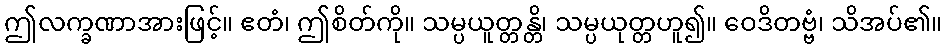
ဤလက္ခဏာအားဖြင့်။ ဧတံ၊ ဤစိတ်ကို။ သမ္ပယူတ္တန္တိ၊ သမ္ပယုတ္တဟူ၍။ ဝေဒိတဗ္ဗံ၊ သိအပ်၏။